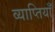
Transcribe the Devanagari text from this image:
व्याप्तियाँ